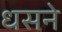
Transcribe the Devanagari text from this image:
धसने